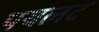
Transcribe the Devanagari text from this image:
पयलट